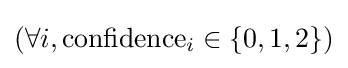
(\forall i,\mathrm {confidence} _{i}\in \{0,1,2\})